Leaving Certificate Examination, 1907
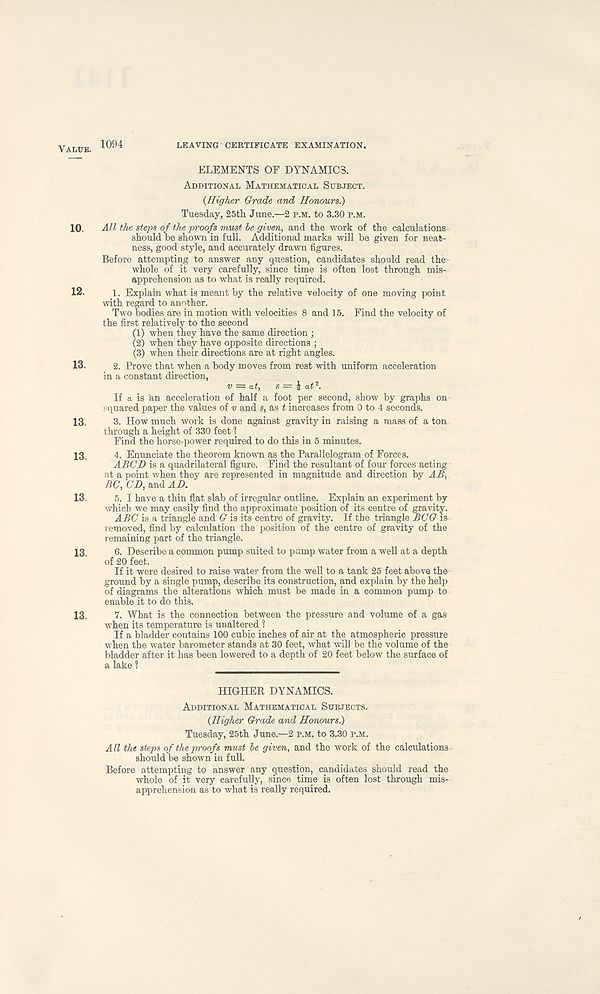
Value. ^94
leaving certificate examination.
ELEMENTS OF DYNAMICS.
Additional Mathematical Subject.
{Higher Grade and Honours.)
Tuesday, 25th June.—2 p.m. to 3.30 p.m.
10. All the steps of the proofs must be given, and the work of the calculations
should be shown in full. Additional marks will be given for neat-
ness, good style, and accurately drawn figures.
Before attempting to answer any question, candidates should read the
whole of it very carefully, since time is often lost through mis-
apprehension as to what is really required.
12. i. Explain what is meant by the relative velocity of one moving point
with regard to another.
Two bodies are in motion with velocities 8 and 15. Find the velocity of
the first relatively to the second
(1) when they have the same direction ;
(2) when they have opposite directions ;
(3) when their directions are at right angles.
13. 2. Prove that when a body moves from rest with uniform acceleration
in a constant direction, v = at, s = £ at 2 .
If a is ' an acceleration of half a foot per second, show by graphs on
squared paper the values of v and s, as t increases from 0 to 4 seconds.
13, 3. How much work is done against gravity in raising a mass of a ton
through a height of 330 feet \
Find the horse-power required to do this in 5 minutes.
13, 4. Enunciate the theorem known as the Parallelogram of Forces.
ABCD is a quadrilateral figure. Find the resultant of four forces acting
at a point when they are represented in magnitude and direction by AB,
BC, CD, and AD.
13. 5. I have a thin flat slab,of irregular outline. Explain an experiment by
which we may easily find the approximate position of its centre of gravity.
ABC is a triangle and G is its centre of gravity. If the triangle BCG is
removed, find by calculation the position of the centre of gravity of the
remaining part of the triangle.
13. 6. Describe a common pump suited to pump water from a well at a depth
of 20 feet.
If it were desired to raise water from the well to a tank 25 feet above the
ground by a single pump, describe its construction, and explain by the help
of diagrams the alterations which must be made in a common pump to
enable it to do this.
13. 7. What is the connection between the pressure and volume of a gas
when its temperature is unaltered 1
If a bladder contains 100 cubic inches of air at the atmospheric pressure
when the water barometer stands at 30 feet, what will be the volume of the
bladder after it has been lowered to a depth of 20 feet below the surface of
a lake 1
HIGHER DYNAMICS.
Additional Mathematical Subjects.
{Higher Grade and Honours.)
Tuesday, 25th June.—2 p.m. to 3.30 p.m.
All the steps of the proofs must be given, and the work of the calculations
should be shown in full.
Before attempting to answer any question, candidates should read the
whole of it very carefully, since time is often lost through mis-
apprehension as to what is really required.